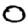
Digit: 0